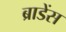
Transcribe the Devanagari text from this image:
ब्राडेंस